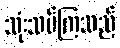
သုံးသပ်ကြသည်